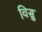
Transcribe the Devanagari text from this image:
विसु